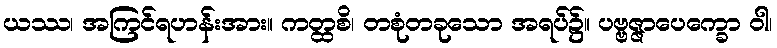
ယဿ၊ အကြင်ရဟန်းအား။ ကတ္ထစိ၊ တစုံတခုသော အရပ်၌။ ပဗ္ဗဇ္ဇာပေက္ခော ဝါ၊